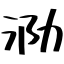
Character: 泐